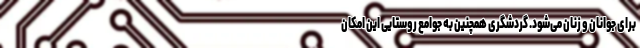
برای جوانان و زنان می‌شود. گردشگری همچنین به جوامع روستایی این امکان